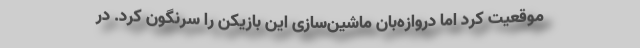
موقعیت کرد اما دروازه‌بان ماشین‌سازی این بازیکن را سرنگون کرد. در